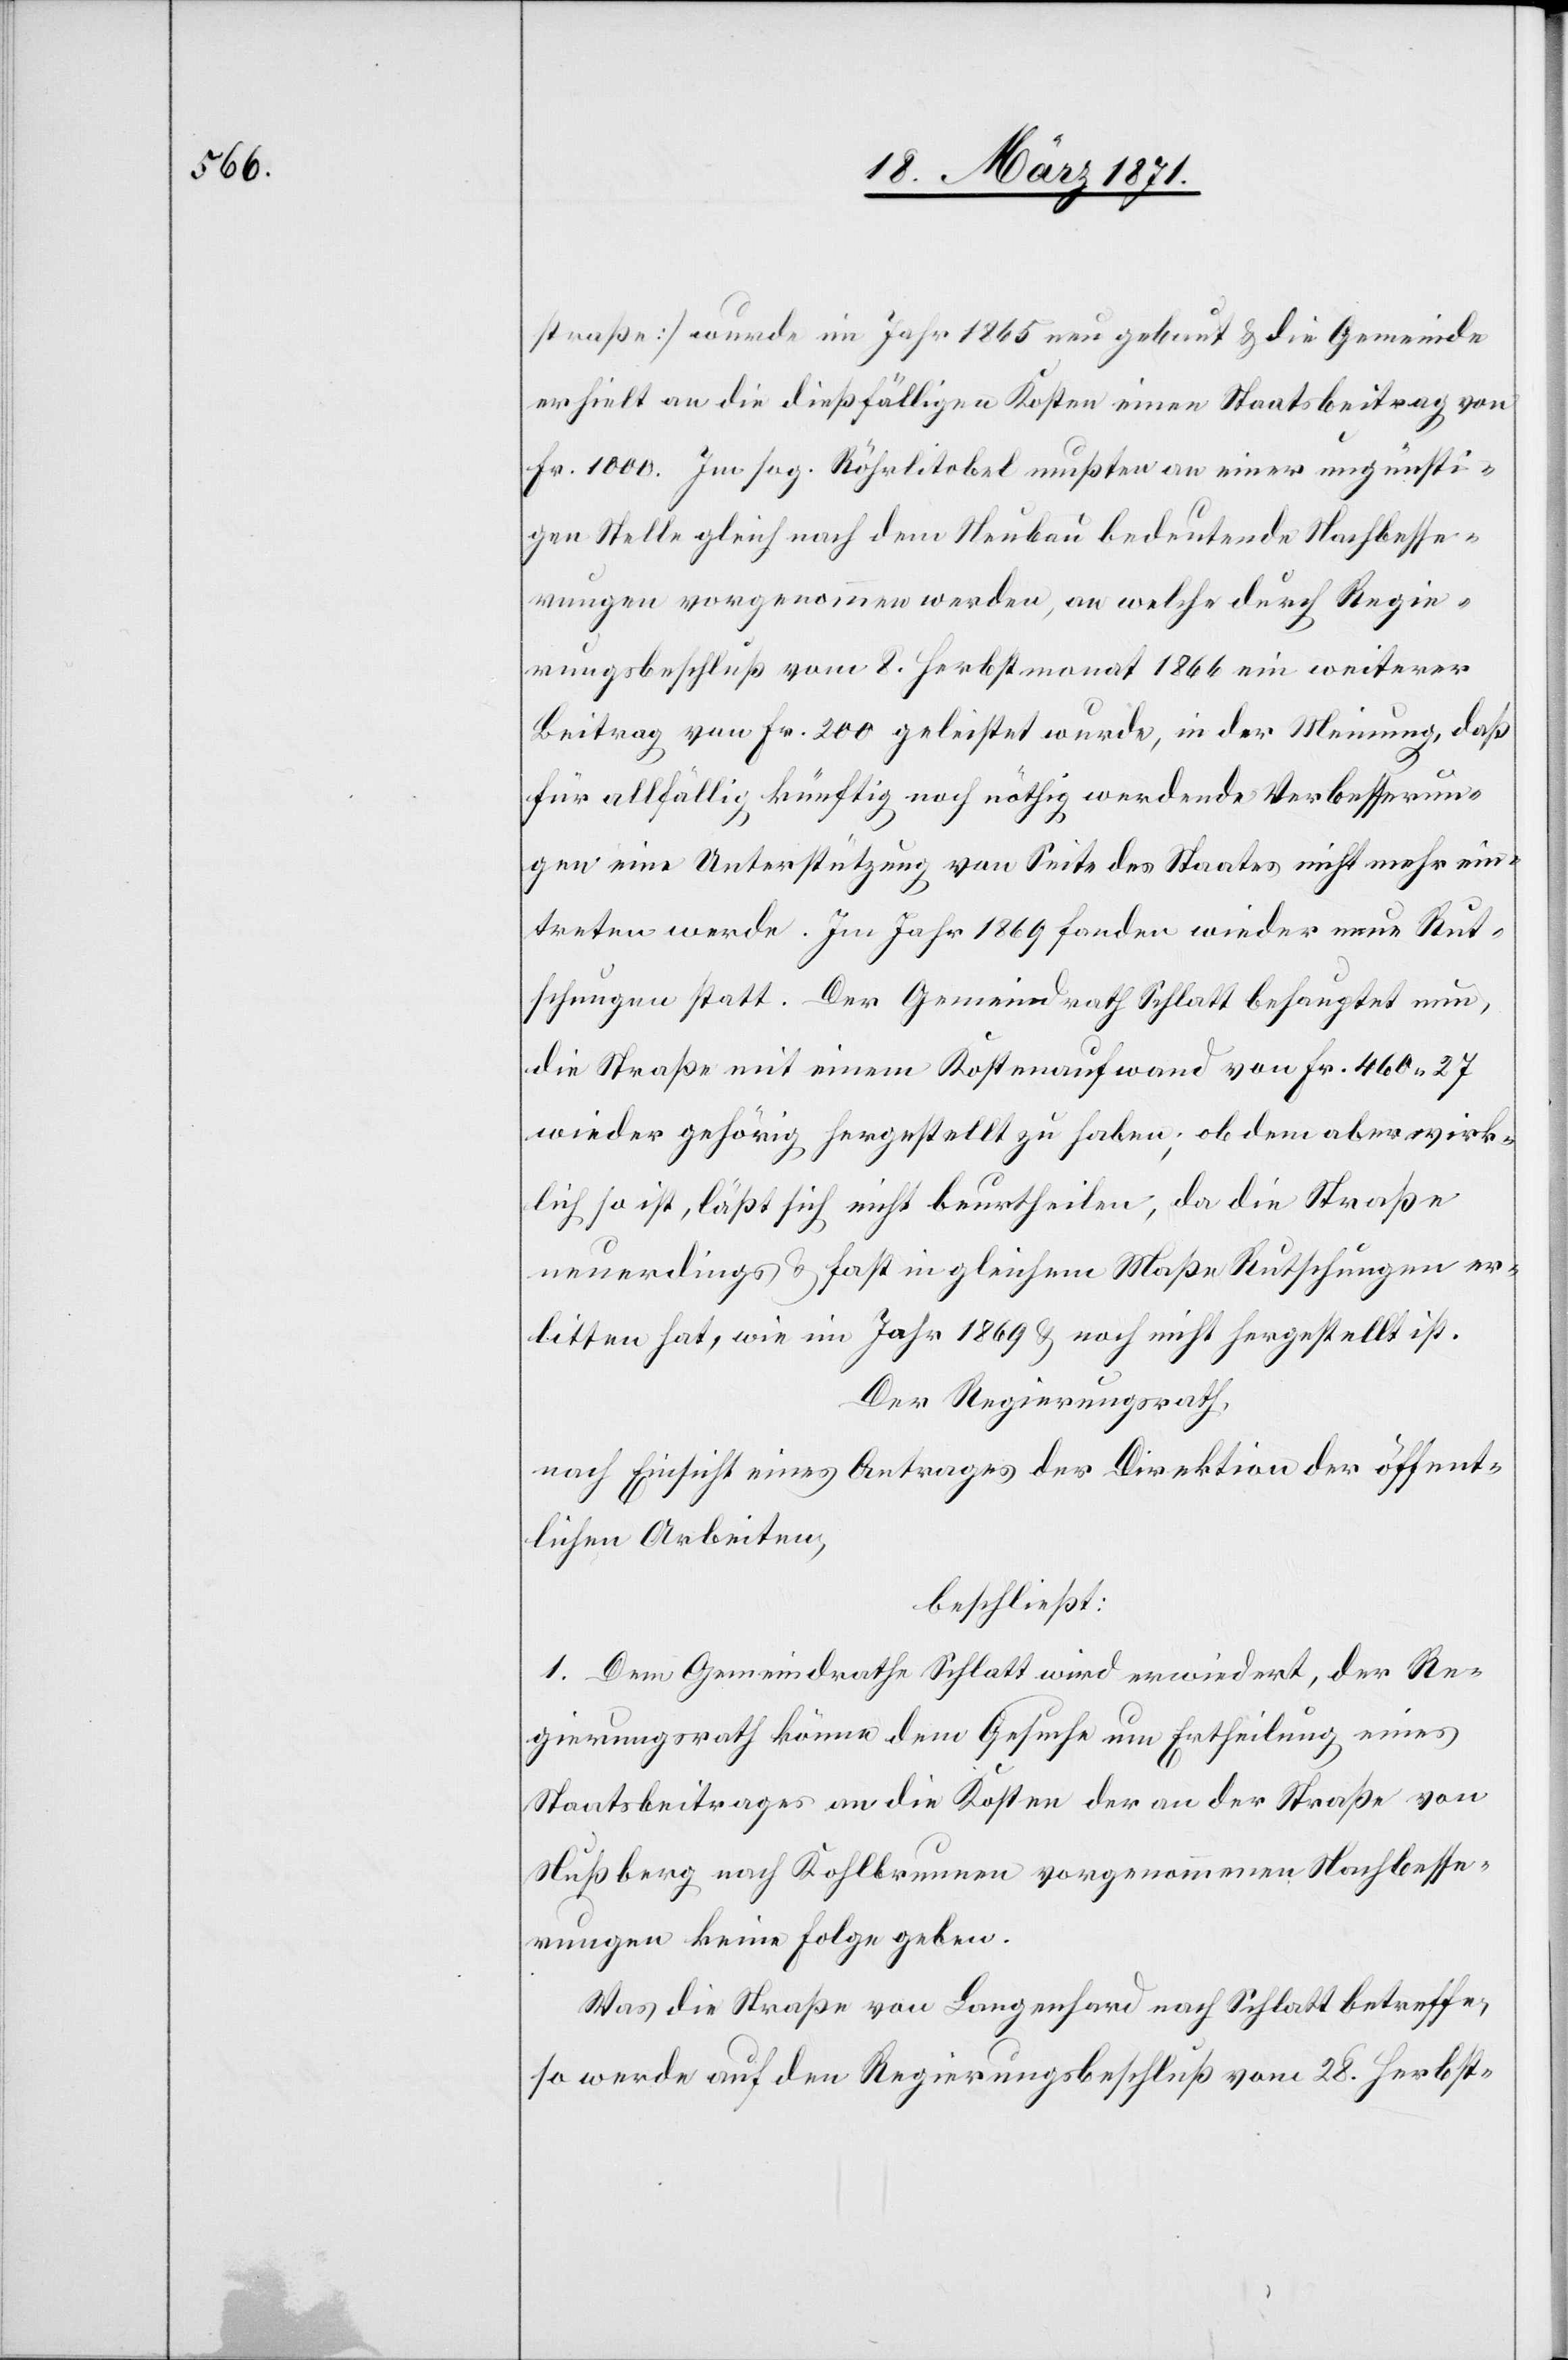
straße] wurde im Jahr 1865 neu gebaut u. die Gemeinde
erhielt an die dießfälligen Kosten einen Staatsbeitrag von
Fr. 1000. Im sog. Röhrlitobel mußten an einer ungünsti¬
gen Stelle gleich nach dem Neubau bedeutende Nachbesse¬
rungen vorgenommen werden, an welche durch Regie¬
rungsbeschluß vom 8. Herbstmonat 1866 ein weiterer
Beitrag von Fr. 200 geleistet wurde, in der Meinung, daß
für allfällig künftig noch nöthig werdende Verbesserun¬
gen eine Unterstützung von Seite des Staates nicht mehr ein¬
treten werde. Im Jahr 1869 fanden wieder neue Rut¬
schungen statt. Der Gemeindrath Schlatt behauptet nun,
die Straße mit einem Kostenaufwand von Fr. 460.27
wieder gehörig hergestellt zu haben; ob dem aber wirk¬
lich so ist, läßt sich nicht beurtheilen, da die Straße
neuerdings u. fast in gleichem Maße Rutschungen er¬
litten hat, wie im Jahr 1869 u. noch nicht hergestellt ist.
Der Regierungsrath,
nach Einsicht eines Antrages der Direktion der öffent¬
lichen Arbeiten,
beschließt:
1. Dem Gemeindrathe Schlatt wird erwiedert, der Re¬
gierungsrath könne dem Gesuche um Ertheilung eines
Staatsbeitrages an die Kosten der an der Straße von
Nußberg nach Kohlbrunnen vorgenommenen Nachbesse¬
rungen keine Folge geben.
Was die Straße von Langenhard nach Schlatt betreffe,
so werde auf den Regierungsbeschluß vom 28. Herbst-